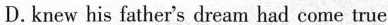
D.knew his father's dream had come true